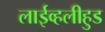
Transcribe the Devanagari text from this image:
लाईव्हलीहुड